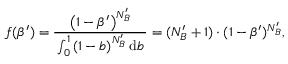
\quad \: f ( \beta ^ { \prime } ) = \frac { \left( 1 - \beta ^ { \prime } \right) ^ { N _ { B } ^ { \prime } } } { \, \int _ { 0 } ^ { 1 } \left( 1 - b \right) ^ { N _ { B } ^ { \prime } } \mathrm { d } b \, } = ( N _ { B } ^ { \prime } + 1 ) \cdot ( 1 - \beta ^ { \prime } ) ^ { N _ { B } ^ { \prime } } ,